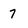
Character: 7